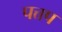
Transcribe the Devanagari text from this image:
पत्तप